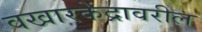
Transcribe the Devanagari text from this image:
वखारकेंद्रावरील